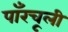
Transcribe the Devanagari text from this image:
पाँरचूली